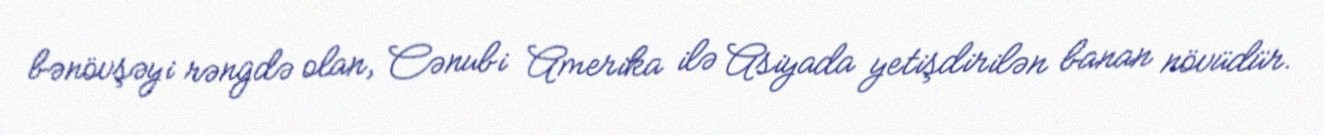
bənövşəyi rəngdə olan, Cənubi Amerika ilə Asiyada yetişdirilən banan növüdür.